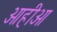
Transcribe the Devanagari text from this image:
ओहीओ